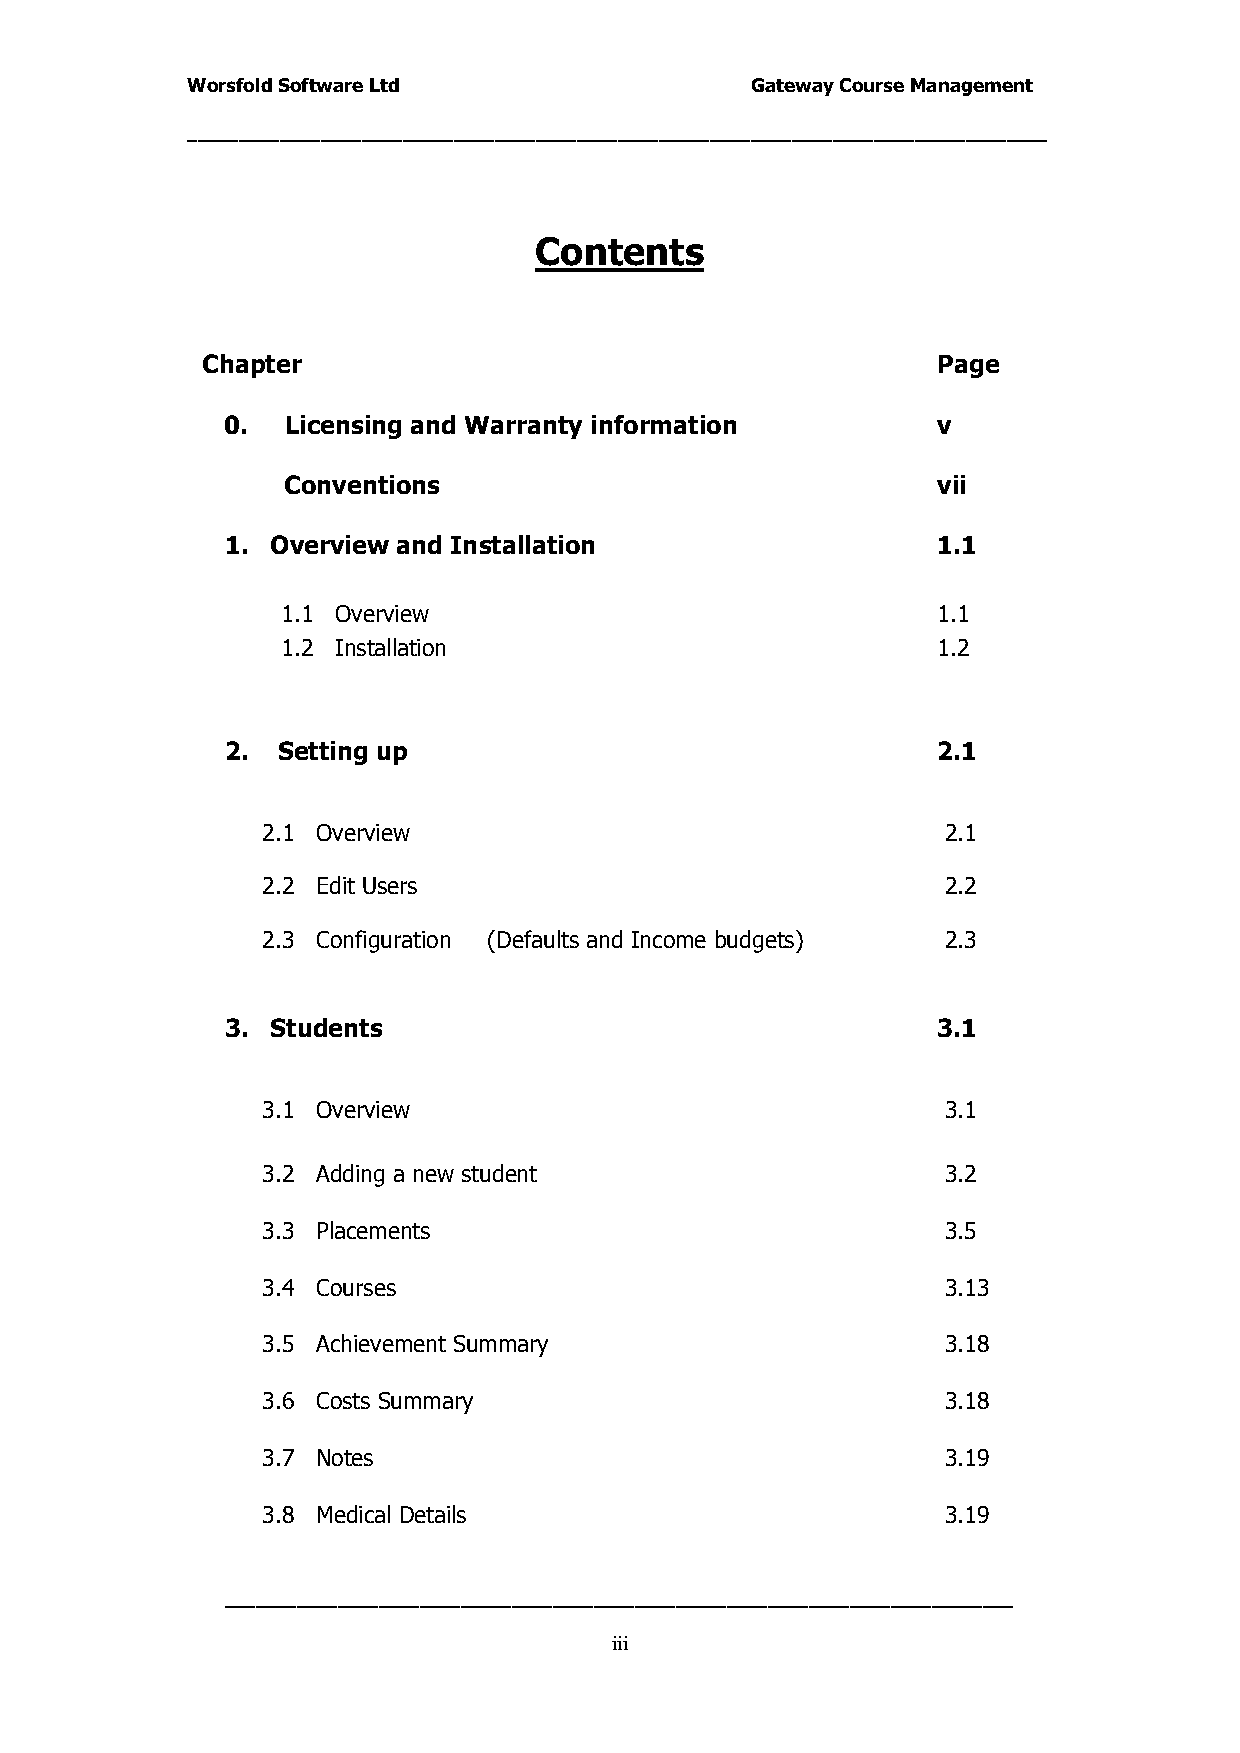
Worsfold Software Ltd                 Gateway Course Management
 ____________________________________________________________________________________
 Contents
 Chapter                                          Page
 0.  Licensing and Warranty information         v
 Conventions                                vii
 1. Overview and Installation                   1.1
 1.1 Overview                               1.1
 1.2 Installation                           1.2
 2. Setting up                                  2.1
 2.1 Overview                                  2.1
 2.2 Edit Users                                2.2
 2.3 Configuration (Defaults and Income budgets) 2.3
 3. Students                                    3.1
 3.1 Overview                                  3.1
 3.2 Adding a new student                      3.2
 3.3 Placements                                3.5
 3.4 Courses                                   3.13
 3.5 Achievement Summary                       3.18
 3.6 Costs Summary                             3.18
 3.7 Notes                                     3.19
 3.8 Medical Details                           3.19
 _____________________________________________________________________________
 iii